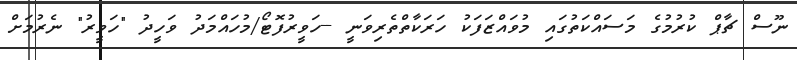
ނޫސް ޗާޕް ކުރުމުގެ މަސައްކަތުގައި މުވައްޒަފަކު ހަރަކާތްތެރިވަނީ --ހަވީރުފޮޓޯ/މުހައްމަދު ވަހީދު "ހަވީރު" ނެރުމަށް